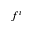
f ^ { i }